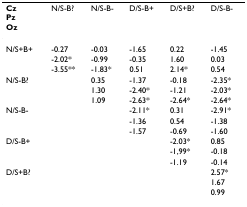
| CzPzOz | N/S-B? | N/S-B- | D/S-B+ | D/S+B? | D/S-B- |
 | --- | --- | --- | --- | --- | --- |
 | N/S+B+ | -0.27 | -0.03 | -1.65 | 0.22 | -1.45 |
 |  | -2.02* | -0.99 | -0.35 | 1.60 | 0.03 |
 |  | -3.55** | -1.83* | 0.51 | 2.14* | 0.54 |
 | N/S-B? |  | 0.35 | -1.37 | -0.18 | -2.35* |
 |  |  | 1.30 | -2.40* | -1.21 | -2.03* |
 |  |  | 1.09 | -2.63* | -2.64* | -2.64* |
 | N/S-B- |  |  | -2.11* | 0.31 | -2.91* |
 |  |  |  | -1.36 | 0.54 | -1.38 |
 |  |  |  | -1.57 | -0.69 | -1.60 |
 | D/S-B+ |  |  |  | -2.03* | 0.85 |
 |  |  |  |  | -1,99* | -0.18 |
 |  |  |  |  | -1.19 | -0.14 |
 | D/S+B? |  |  |  |  | 2.57* |
 |  |  |  |  |  | 1.67 |
 |  |  |  |  |  | 0.99 |